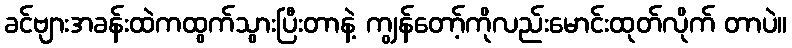
ခင်ဗျားအခန်းထဲကထွက်သွားပြီးတာနဲ့ ကျွန်တော့်ကိုလည်းမောင်းထုတ်လိုက် တာပဲ။